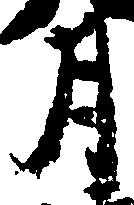
月